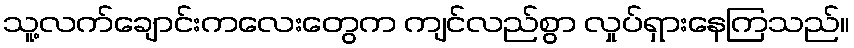
သူ့လက်ချောင်းကလေးတွေက ကျင်လည်စွာ လှုပ်ရှားနေကြသည်။